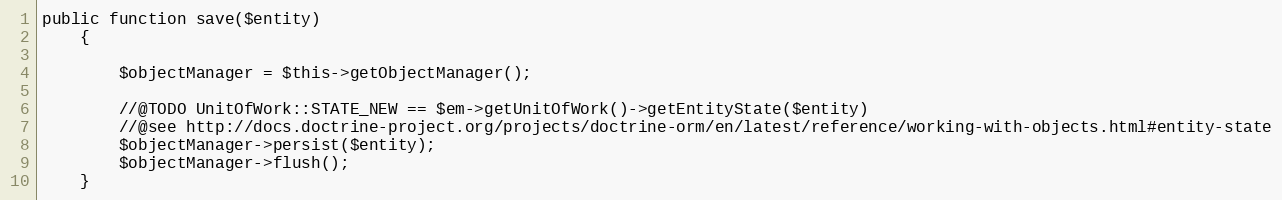
Language: PHP
public function save($entity)
    {

        $objectManager = $this->getObjectManager();

        //@TODO UnitOfWork::STATE_NEW == $em->getUnitOfWork()->getEntityState($entity)
        //@see http://docs.doctrine-project.org/projects/doctrine-orm/en/latest/reference/working-with-objects.html#entity-state
        $objectManager->persist($entity);
        $objectManager->flush();
    }